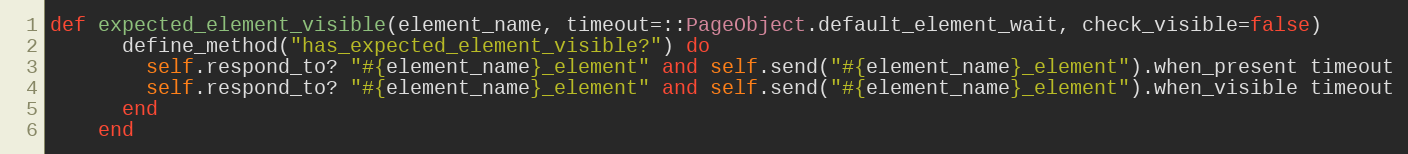
Language: Ruby
def expected_element_visible(element_name, timeout=::PageObject.default_element_wait, check_visible=false)
      define_method("has_expected_element_visible?") do
        self.respond_to? "#{element_name}_element" and self.send("#{element_name}_element").when_present timeout
        self.respond_to? "#{element_name}_element" and self.send("#{element_name}_element").when_visible timeout
      end
    end